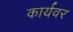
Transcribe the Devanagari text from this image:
कार्यवर